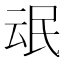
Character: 𰚸